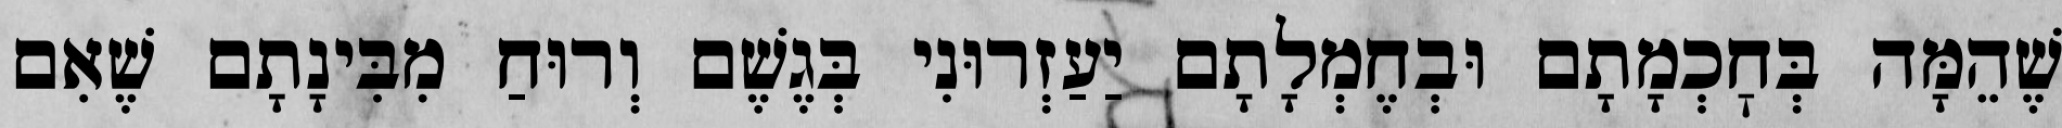
שֶׁהֵמָּה בְּחׇכְמָתָם וּבְחֶמְלָתָם יַעַזְרוּנִי בְּגֶשֶׁם וְרוּחַ מִבִּינָתָם שֶׁאִם